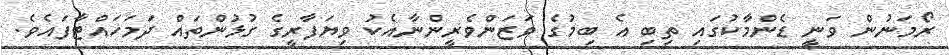
ރޯމަނުން ވަނީ ޑެންމާކުގައި ތިބި އެ ބިމުގެ ވަޒަންވެރީންނާއެކު ވިޔަފާރީގެ ގުޅުންތައް ދަމަހައްޓާފައެވެ.